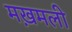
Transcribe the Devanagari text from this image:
मख़मली